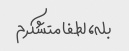
بله، لطفا متشکرم